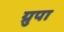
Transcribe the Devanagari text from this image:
ग्रुपा